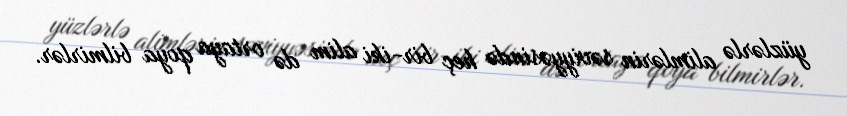
yüzlərlə alimlərin səviyyəsində heç bir-iki alim də ortaya qoya bilmirlər.